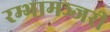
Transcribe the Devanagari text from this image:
रम्भामञ्जरी